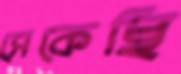
সেকেছি